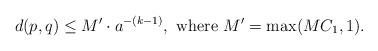
LaTeX: \begin{align*} d(p, q) \leq M' \cdot a^{-(k-1)}, \textrm{ where } M' = \max(MC_1, 1).\end{align*}